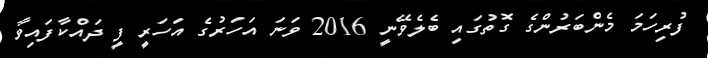
ފުރިހަމަ މެންބަރުންގެ ގޮތުގައި ބެލެވޭނީ 2016 ވަނަ އަހަރުގެ އަހަރީ ފީ ދައްކާފައިވާ